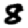
Digit: 8